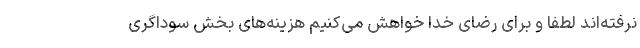
نرفته‌اند لطفا و برای رضای خدا خواهش می‌کنیم هزینه‌های بخش سوداگری